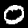
Digit: 0